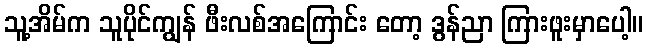
သူ့အိမ်က သူပိုင်ကျွန် ဖီးလစ်အကြောင်း တော့ ဒွန်ညာ ကြားဖူးမှာပေါ့။